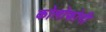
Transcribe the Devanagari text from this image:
कोलोफोनी